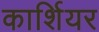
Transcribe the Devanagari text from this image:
कार्शियर